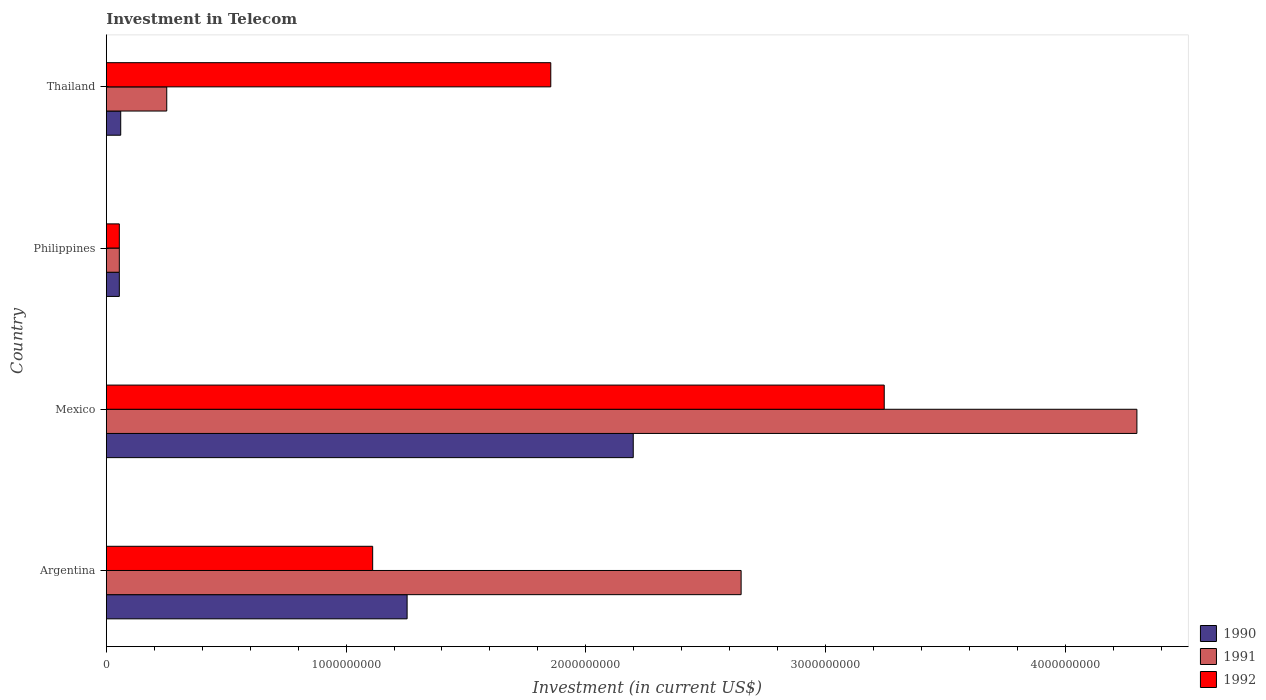
| Country | 1990 | 1991 | 1992 |
 | --- | --- | --- | --- |
 | Argentina | 1.25e+09 | 2.65e+09 | 1.11e+09 |
 | Mexico | 2.2e+09 | 4.3e+09 | 3.24e+09 |
 | Philippines | 5.42e+07 | 5.42e+07 | 5.42e+07 |
 | Thailand | 6e+07 | 2.52e+08 | 1.85e+09 |